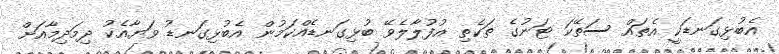
އެބުޅިގަނޑަކީ އެތައް ސަތޭކަ ޓަނުގެ ތަކެތި އުފުލާލެވޭ ބުޅިގަނޑެއްކަމުން އެބުޅިގަނޑު ވަޔާއެކު ދިމަދިމާއަށް